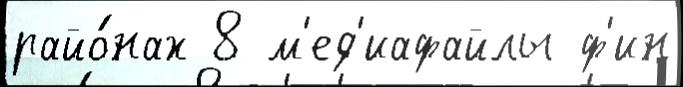
райо́нах 8 м'ед'иафайлы ф'ин